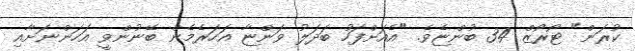
ކުރަން" ޓޯރޯޒް 34 ބުންޏެވެ. "އެއަށްފަހު ބަދަލު ވަންޏާ އަހަރެމެން ބޭނުންވީ އަހަންނަށާއި